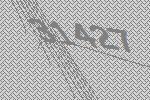
31427